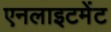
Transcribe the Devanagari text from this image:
एनलाइटमेंट